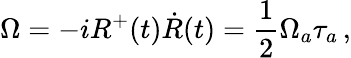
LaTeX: \Omega=-iR^{+}(t)\dot{R}(t)=\frac 12\Omega_{a}\tau_{a}\, ,